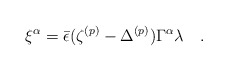
\begin{align*}\xi^\alpha={\bar{\epsilon}}(\zeta^{(p)}-\Delta^{(p)})\Gamma^\alpha\lambda \quad .\end{align*}